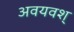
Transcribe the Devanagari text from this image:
अवयवश्